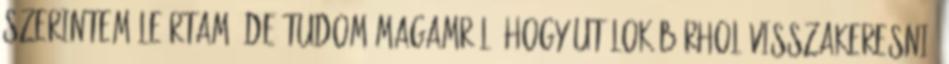
szerintem leírtam, de tudom magamról, hogy utálok bárhol visszakeresni,